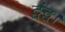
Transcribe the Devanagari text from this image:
द्वंद्व।